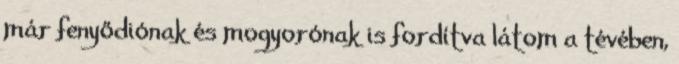
már fenyődiónak és mogyorónak is fordítva látom a tévében,